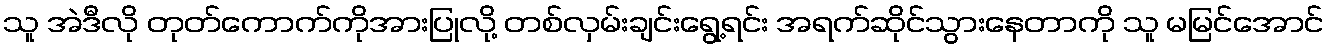
သူ အဲဒီလို တုတ်ကောက်ကိုအားပြုလို့ တစ်လှမ်းချင်းရွေ့ရင်း အရက်ဆိုင်သွားနေတာကို သူ မမြင်အောင်